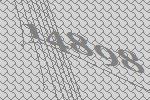
14898